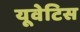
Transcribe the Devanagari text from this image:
यूवेटिस